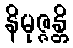
နိမုဇ္ဇန္တိ